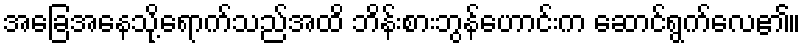
အခြေအနေသို့ရောက်သည်အထိ ဘိန်းစားဘွန်ဟောင်းက ဆောင်ရွက်လေ၏။